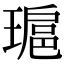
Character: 𤨖